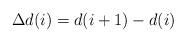
LaTeX: \begin{align*} \Delta d(i) = d(i+1) - d(i)\end{align*}